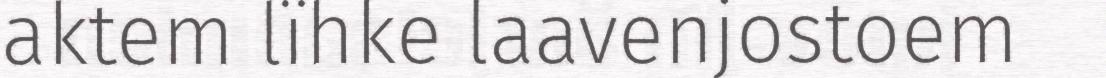
aktem lïhke laavenjostoem